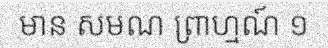
មាន សមណ ព្រាហ្មណ៍ ១